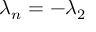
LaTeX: \lambda _ { n } = - \lambda _ { 2 }